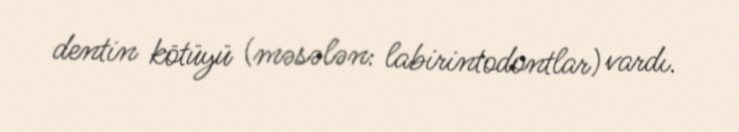
dentin kötüyü (məsələn: labirintodontlar) vardı.